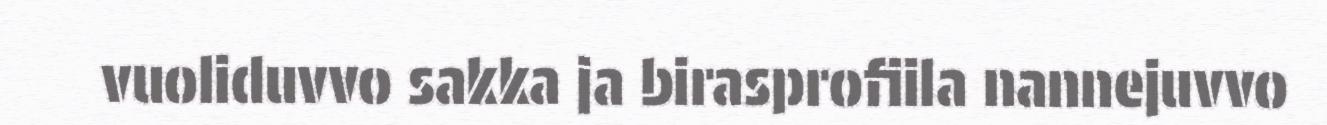
vuoliduvvo sakka ja birasprofiila nannejuvvo